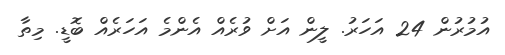
އުމުރުން 24 އަހަރު. ލީން އަށް ވުރެއް އެންމެ އަހަރެއް ބޮޑީ. މިތާ